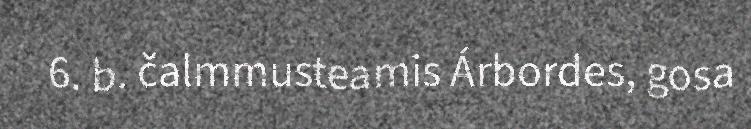
6. b. čalmmusteamis Árbordes, gosa